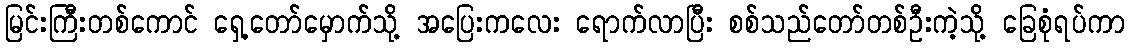
မြင်းကြီးတစ်ကောင် ရှေ့တော်မှောက်သို့ အပြေးကလေး ရောက်လာပြီး စစ်သည်တော်တစ်ဦးကဲ့သို့ ခြေစုံရပ်ကာ